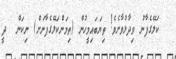
ކަލޭގެފާނު ވިދާޅުވާށެވެ! ތިޔަބައިމީހުން (ތިމަންކަލޭގެފާނަށް) ނިކަން  ދީ